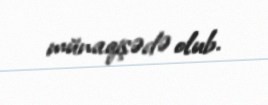
münaqişədə olub.